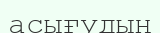
асығудың